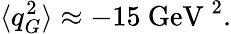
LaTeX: \langle q_{G}^{2}\rangle\approx-15\mathrm{\ GeV\ }^{2}.